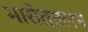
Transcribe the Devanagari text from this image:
भारोत्तलन